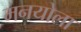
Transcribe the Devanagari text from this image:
मनयोला